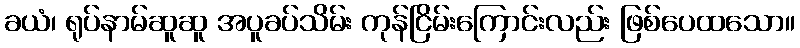
ခယံ၊ ရုပ်နာမ်ဆူဆူ အပူခပ်သိမ်း ကုန်ငြိမ်းကြောင်းလည်း ဖြစ်ပေထသော။